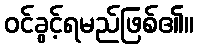
ဝင်ခွင့်ရမည်ဖြစ်၏။